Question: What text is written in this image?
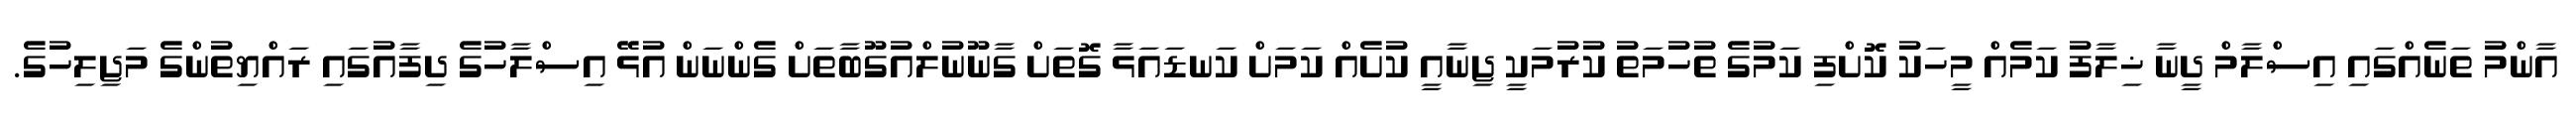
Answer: އާންމު ތަނެއްގައި އިސްލާމް ދީނާ ޚިލާފު ކަމެއް މީހަކު ކޮށްފި ކަމުގެ ތުހުމަތު ކުރުމަކީ ޖިނާއީ ކުށެއް ކަމަށް ކަނޑައަޅާ ގޮތަށް ގާނޫނުލްއުގޫބާތަށް ގެންނަން އުޅޭ އިސްލާހުގެ ދިފާއުގައި ރައްޔިތުންގެ މަޖިލިހުގެ.